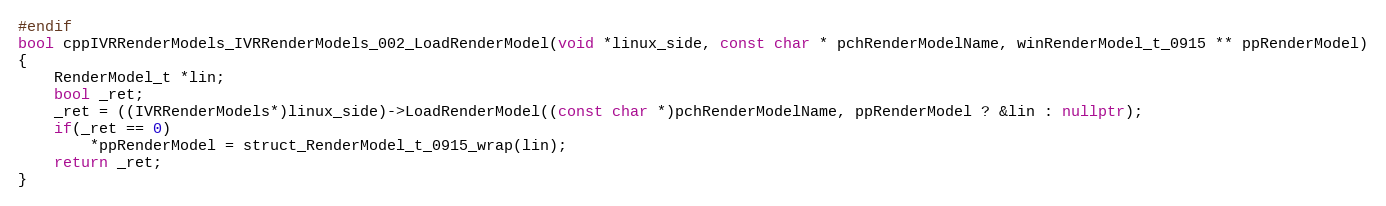
Language: C++
#endif
bool cppIVRRenderModels_IVRRenderModels_002_LoadRenderModel(void *linux_side, const char * pchRenderModelName, winRenderModel_t_0915 ** ppRenderModel)
{
    RenderModel_t *lin;
    bool _ret;
    _ret = ((IVRRenderModels*)linux_side)->LoadRenderModel((const char *)pchRenderModelName, ppRenderModel ? &lin : nullptr);
    if(_ret == 0)
        *ppRenderModel = struct_RenderModel_t_0915_wrap(lin);
    return _ret;
}